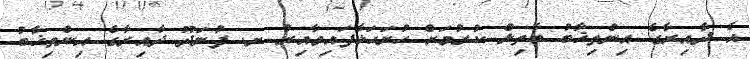
އެ ދާއިރާގެ އިންތިޚާބު ބާތިލް ކުރުމަށް ހުށަހަޅާފައިވާއިރު ށ. ފުނަދޫ ދާއިރާގެ އިންތިޚާބު